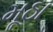
મૂઠા